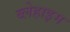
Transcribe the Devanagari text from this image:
ब्लेहाइम